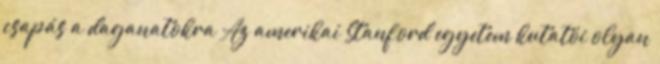
csapás a daganatokra Az amerikai Stanford egyetem kutatói olyan